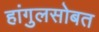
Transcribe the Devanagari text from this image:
हांगुलसोबत